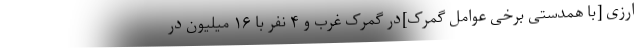
ارزی [با همدستی برخی عوامل گمرک]در گمرک غرب و ۴ نفر با ۱۶ میلیون در